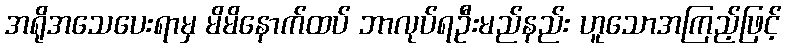
အရိုအသေပေးရာမှ မိမိနောက်ထပ် ဘာလုပ်ရဦးမည်နည်း ဟူသောအကြည့်ဖြင့်